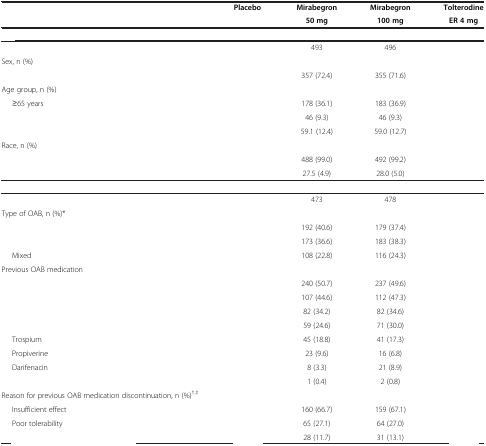
<table><thead><tr><td>[EMPTY_CELL]</td><td><b>Placebo</b></td><td><b>Mirabegron</b></td><td><b>Mirabegron</b></td><td><b>Tolterodine</b></td></tr><tr><td>[EMPTY_CELL]</td><td>[EMPTY_CELL]</td><td><b>50 mg</b></td><td><b>100 mg</b></td><td><b>ER 4 mg</b></td></tr></thead><tbody><tr><td>[EMPTY_CELL]</td><td>[EMPTY_CELL]</td><td>[EMPTY_CELL]</td><td>[EMPTY_CELL]</td><td>[EMPTY_CELL]</td></tr><tr><td>[EMPTY_CELL]</td><td>[EMPTY_CELL]</td><td>493</td><td>496</td><td>[EMPTY_CELL]</td></tr><tr><td>Sex, n (%)</td><td>[EMPTY_CELL]</td><td>[EMPTY_CELL]</td><td>[EMPTY_CELL]</td><td>[EMPTY_CELL]</td></tr><tr><td>[EMPTY_CELL]</td><td>[EMPTY_CELL]</td><td>357 (72.4)</td><td>355 (71.6)</td><td>[EMPTY_CELL]</td></tr><tr><td>Age group, n (%)</td><td>[EMPTY_CELL]</td><td>[EMPTY_CELL]</td><td>[EMPTY_CELL]</td><td>[EMPTY_CELL]</td></tr><tr><td>≥65 years</td><td>[EMPTY_CELL]</td><td>178 (36.1)</td><td>183 (36.9)</td><td>[EMPTY_CELL]</td></tr><tr><td>[EMPTY_CELL]</td><td>[EMPTY_CELL]</td><td>46 (9.3)</td><td>46 (9.3)</td><td>[EMPTY_CELL]</td></tr><tr><td>[EMPTY_CELL]</td><td>[EMPTY_CELL]</td><td>59.1 (12.4)</td><td>59.0 (12.7)</td><td>[EMPTY_CELL]</td></tr><tr><td>Race, n (%)</td><td>[EMPTY_CELL]</td><td>[EMPTY_CELL]</td><td>[EMPTY_CELL]</td><td>[EMPTY_CELL]</td></tr><tr><td>[EMPTY_CELL]</td><td>[EMPTY_CELL]</td><td>488 (99.0)</td><td>492 (99.2)</td><td>[EMPTY_CELL]</td></tr><tr><td>[EMPTY_CELL]</td><td>[EMPTY_CELL]</td><td>27.5 (4.9)</td><td>28.0 (5.0)</td><td>[EMPTY_CELL]</td></tr><tr><td>[EMPTY_CELL]</td><td>[EMPTY_CELL]</td><td>[EMPTY_CELL]</td><td>[EMPTY_CELL]</td><td>[EMPTY_CELL]</td></tr><tr><td>[EMPTY_CELL]</td><td>[EMPTY_CELL]</td><td>473</td><td>478</td><td>[EMPTY_CELL]</td></tr><tr><td>Type of OAB, n (%)*</td><td>[EMPTY_CELL]</td><td>[EMPTY_CELL]</td><td>[EMPTY_CELL]</td><td>[EMPTY_CELL]</td></tr><tr><td>[EMPTY_CELL]</td><td>[EMPTY_CELL]</td><td>192 (40.6)</td><td>179 (37.4)</td><td>[EMPTY_CELL]</td></tr><tr><td>[EMPTY_CELL]</td><td>[EMPTY_CELL]</td><td>173 (36.6)</td><td>183 (38.3)</td><td>[EMPTY_CELL]</td></tr><tr><td>Mixed</td><td>[EMPTY_CELL]</td><td>108 (22.8)</td><td>116 (24.3)</td><td>[EMPTY_CELL]</td></tr><tr><td>Previous OAB medication</td><td>[EMPTY_CELL]</td><td>[EMPTY_CELL]</td><td>[EMPTY_CELL]</td><td>[EMPTY_CELL]</td></tr><tr><td>[EMPTY_CELL]</td><td>[EMPTY_CELL]</td><td>240 (50.7)</td><td>237 (49.6)</td><td>[EMPTY_CELL]</td></tr><tr><td>[EMPTY_CELL]</td><td>[EMPTY_CELL]</td><td>107 (44.6)</td><td>112 (47.3)</td><td>[EMPTY_CELL]</td></tr><tr><td>[EMPTY_CELL]</td><td>[EMPTY_CELL]</td><td>82 (34.2)</td><td>82 (34.6)</td><td>[EMPTY_CELL]</td></tr><tr><td>[EMPTY_CELL]</td><td>[EMPTY_CELL]</td><td>59 (24.6)</td><td>71 (30.0)</td><td>[EMPTY_CELL]</td></tr><tr><td>Trospium</td><td>[EMPTY_CELL]</td><td>45 (18.8)</td><td>41 (17.3)</td><td>[EMPTY_CELL]</td></tr><tr><td>Propiverine</td><td>[EMPTY_CELL]</td><td>23 (9.6)</td><td>16 (6.8)</td><td>[EMPTY_CELL]</td></tr><tr><td>Darifenacin</td><td>[EMPTY_CELL]</td><td>8 (3.3)</td><td>21 (8.9)</td><td>[EMPTY_CELL]</td></tr><tr><td>[EMPTY_CELL]</td><td>[EMPTY_CELL]</td><td>1 (0.4)</td><td>2 (0.8)</td><td>[EMPTY_CELL]</td></tr><tr><td>Reason for previous OAB medication discontinuation, n (%)<sup>†,‡</sup></td><td>[EMPTY_CELL]</td><td>[EMPTY_CELL]</td><td>[EMPTY_CELL]</td><td>[EMPTY_CELL]</td></tr><tr><td>Insufficient effect</td><td>[EMPTY_CELL]</td><td>160 (66.7)</td><td>159 (67.1)</td><td>[EMPTY_CELL]</td></tr><tr><td>Poor tolerability</td><td>[EMPTY_CELL]</td><td>65 (27.1)</td><td>64 (27.0)</td><td>[EMPTY_CELL]</td></tr><tr><td>[EMPTY_CELL]</td><td>[EMPTY_CELL]</td><td>28 (11.7)</td><td>31 (13.1)</td><td>[EMPTY_CELL]</td></tr></tbody></table>